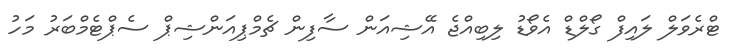
ޓްރެވަލް ލައިފް ގޯލްޑް އެވޯޑު ލިބިއްޖެ އޭޝިއަން ސާފިން ޗެމްޕިއަންޝިޕް ސެޕްޓެމްބަރު މަހު